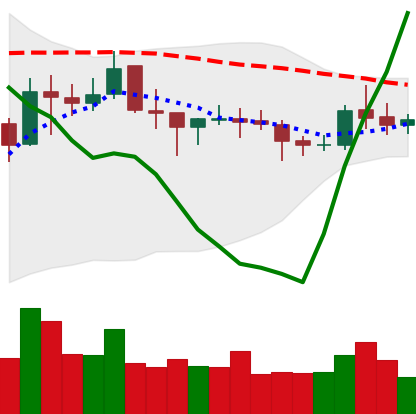
Ticker: NEO-USD
Chart end date: 2021-10-23
Forward return: -7.543%
Label: down_7plus